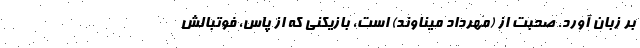
بر زبان آورد. صحبت از (مهرداد ميناوند) است، بازيكني كه از پاس، فوتبالش